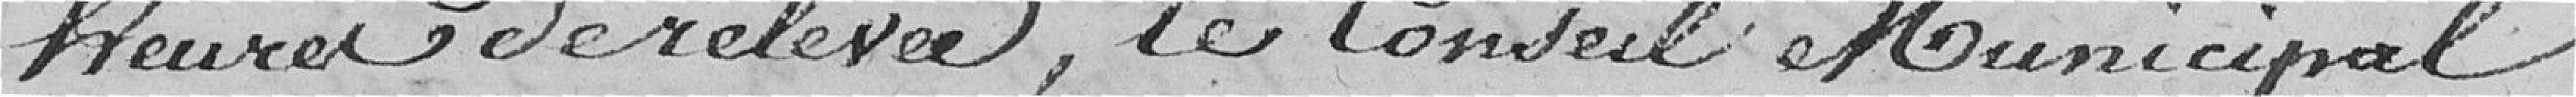
heures relevées, le Conseil Municipal